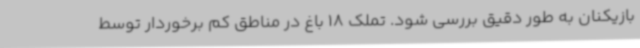
بازیکنان به طور دقیق بررسی شود. تملک 18 باغ در مناطق کم برخوردار توسط